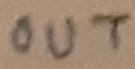
Text: OUT